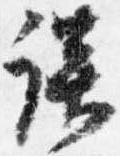
談